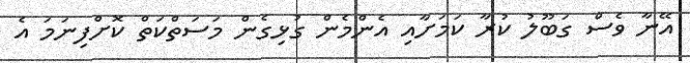
އޭނާ ވެސް ގަބޫލު ކުރާ ކަމަށާއި އެންމެން ގުޅިގެން މަސަތްކަތް ކޮށްފިނަމަ އެ